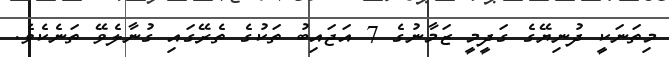
މިތަނަކީ ދުނިޔޭގެ ގަދީމީ ޒަމާނުގެ 7 އަޖައިބު ތަކުގެ ތެރޭގައި ގުނާލެވޭ ތަނެކެވެ.